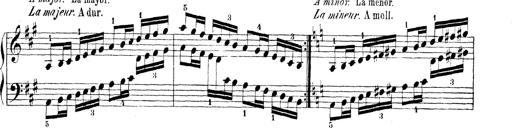
Title: Technische Studien
Composer: Franz Liszt